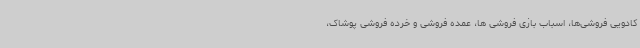
کادویی فروشی‌ها، اسباب بازی فروشی ها، عمده فروشی و خرده فروشی پوشاک،